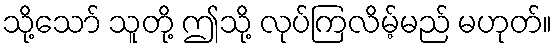
သို့သော် သူတို့ ဤသို့ လုပ်ကြလိမ့်မည် မဟုတ်။